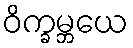
ဝိက္ခမ္ဘယေ